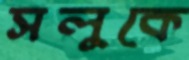
সলুকে